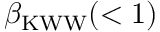
\beta _ { \mathrm { K W W } } ( < 1 )